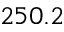
2 5 0 . 2